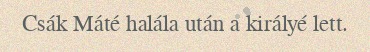
Csák Máté halála után a királyé lett.